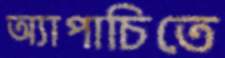
অ্যাপাচিতে